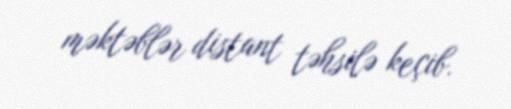
məktəblər distant təhsilə keçib.